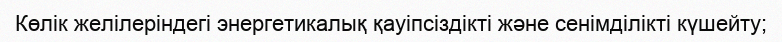
Көлік желілеріндегі энергетикалық қауіпсіздікті және сенімділікті күшейту;